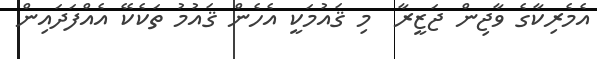
އެމެރިކާގެ ވާޖިން ޖަޒީރާ  މި ޤައުމަކީ އެހެން ޤައުމު ތަކެކޭ އެއްފަދައިން